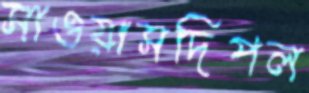
সাওয়াসদিপল